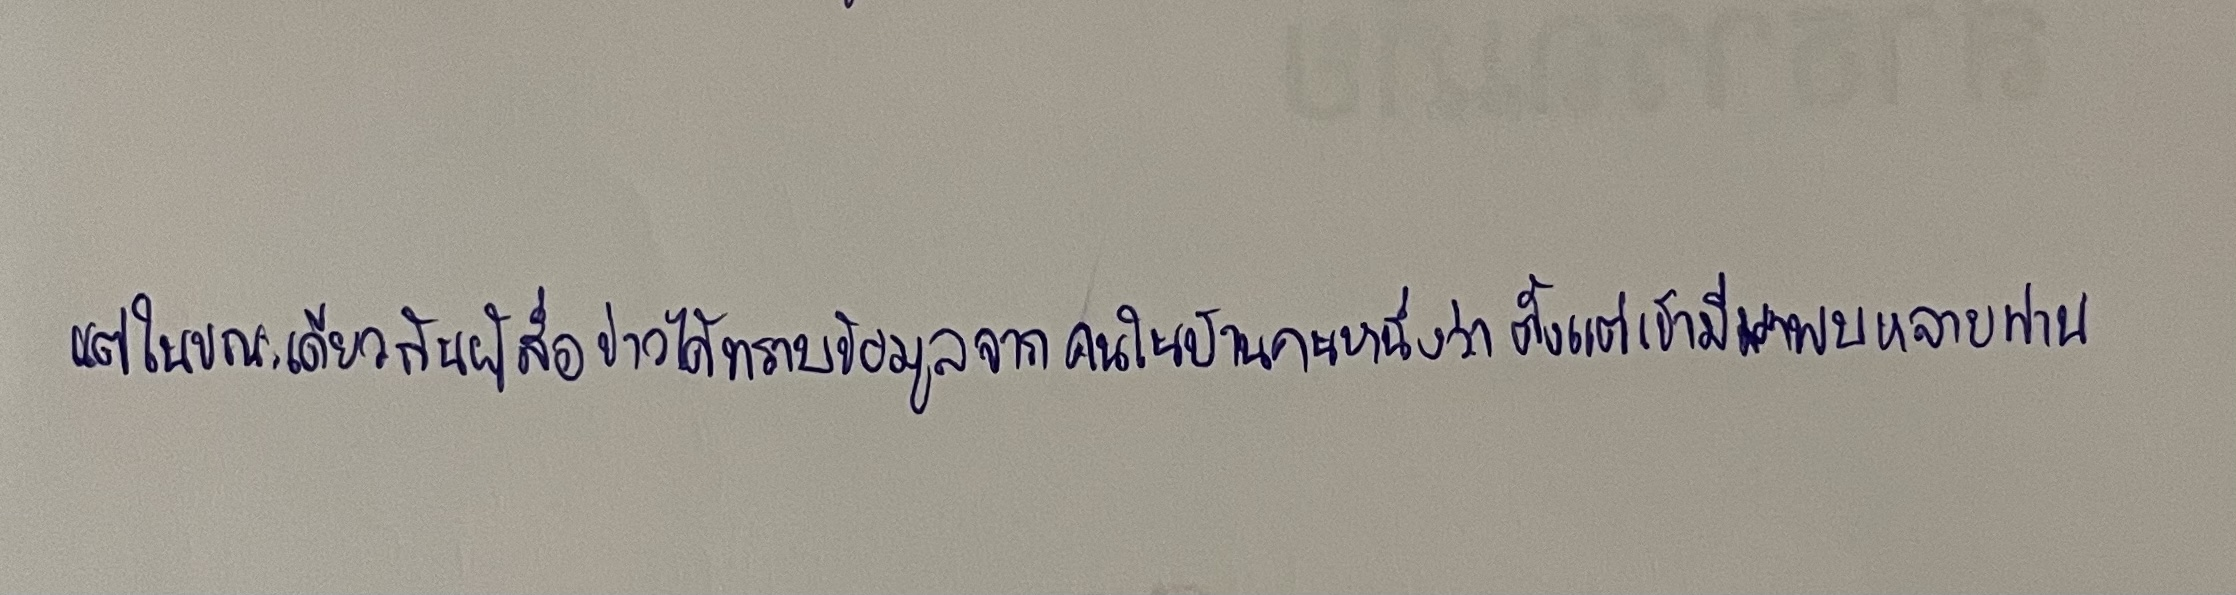
แต่ในขณะเดียวกันผู้สื่อข่าวได้ทราบข้อมูลจากคนในบ้านคนหนึ่งว่าตั้งแต่เช้ามีมาพบหลายท่าน